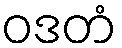
ဝဒတံ